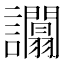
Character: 𧮑